Report of the Bombay Plague Committee
Disease focus: Plague
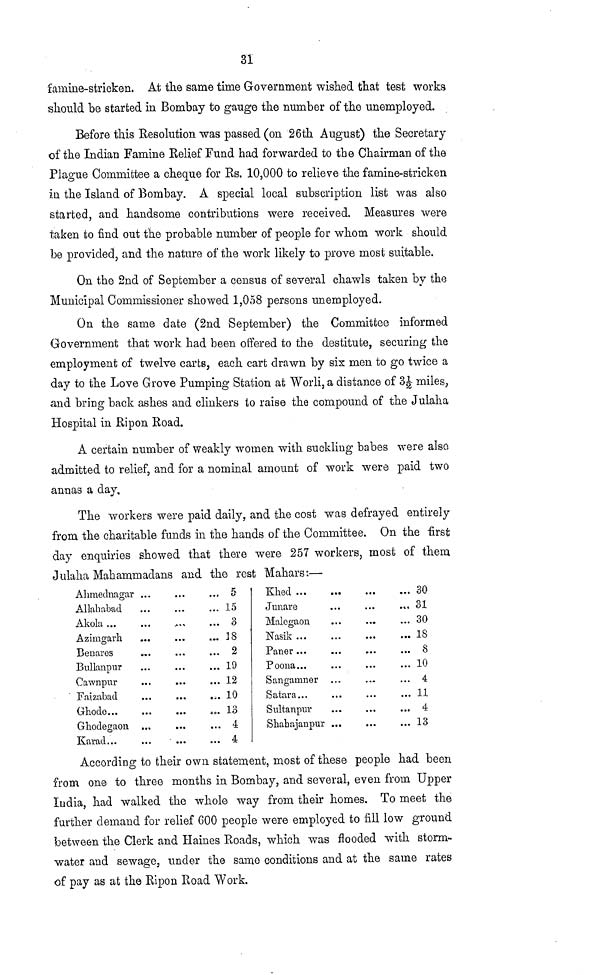
31
famine-stricken. At the same time Government wished that test works
should be started in Bombay to gauge the number of the unemployed.
Before this Resolution was passed (on 26th August) the Secretary
of the Indian Famine Relief Fund had forwarded to the Chairman of the
Plague Committee a cheque for Rs. 10,000 to relieve the famine-stricken
in the Island of Bombay. A special local subscription list was also
started, and handsome contributions were received. Measures were
taken to find out the probable number of people for whom work should
be provided, and the nature of the work likely to prove most suitable.
On the 2nd of September a census of several chawls taken by the
Municipal Commissioner showed 1,058 persons unemployed.
On the same date (2nd September) the Committee informed
Government that work had been offered to the destitute, securing the
employment of twelve carts, each cart drawn by six men to go twice a
day to the Love Grove Pumping Station at Worli, a distance of 31/2 miles,
and bring back ashes and clinkers to raise the compound of the Julaha
Hospital in Ripon Road.
A certain number of weakly women with suckling babes were also
admitted to relief, and for a nominal amount of work were paid two
annas a day.
The workers were paid daily, and the cost was defrayed entirely
from the charitable funds in the hands of the Committee. On the first
day enquiries showed that there were 257 workers, most of them
Julaha Mahammadans and the rest Mahars:—
Ahmednagar ...
Allahabad
Akola
Azimgarh
Benares
Bullanpur
Cawnpur
Faizabad
Ghode...
Ghodegaon ...
Karad...
5
15
3
38
2
19
12
10
13
4
4
Khed
Junare
Malegaon
Nasik
Paner
Poona...
Sangamner
Satara...
Sultanpur
Shabajanpur ...
30
31
30
18
8
10
4
11
4
13
According to their own statement, most of these people had been
from one to three months in Bombay, and several, even from Upper
India, had walked the whole way from their homes. To meet the
further demand for relief 600 people were employed to fill low ground
between the Clerk and Haines Roads, which was flooded with storm-
water and sewage, under the samo conditions and at the same rates
of pay as at the Ripon Road Work.